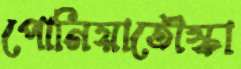
পোনিয়াতৌস্কা